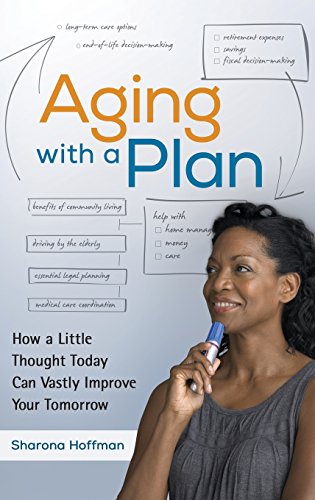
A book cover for Aging with a Plan: How a Little Thought Today Can Vastly Improve Your Tomorrow; Sharona Hoffman JD  LLM; Parenting & Relationships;